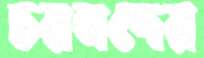
চয়নদের